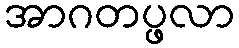
အာဂတပ္ဖလာ